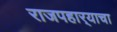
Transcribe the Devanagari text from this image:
राजपहार्‍याचा